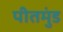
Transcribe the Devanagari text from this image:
पीतमुंड